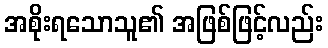
အစိုးရသောသူ၏ အဖြစ်ဖြင့်လည်း